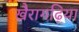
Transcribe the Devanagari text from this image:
खैरागढ़िया